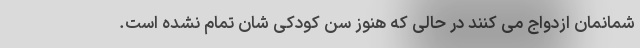
شمانمان ازدواج می کنند در حالی که هنوز سن کودکی شان تمام نشده است.